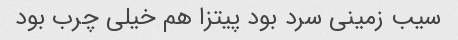
سیب زمینی سرد بود پیتزا هم خیلی چرب بود